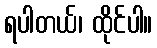
ရပါတယ်၊ ထိုင်ပါ။